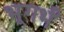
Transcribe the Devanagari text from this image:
भूगर्भं